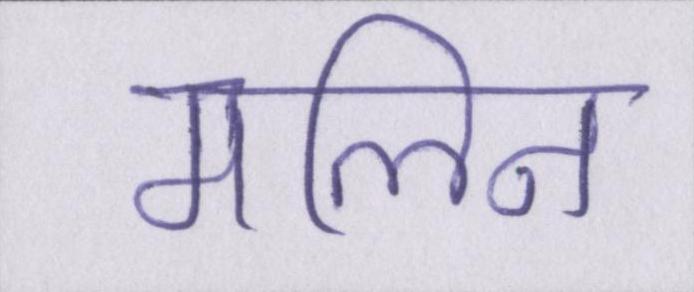
मलिन